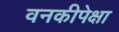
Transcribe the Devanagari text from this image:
वनकीपेक्षा